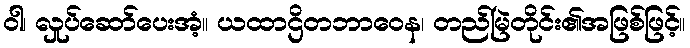
ဝါ၊ လှုပ်ဆော်ပေးအံ့။ ယထာဌိတဘာဝေန၊ တည်မြဲတိုင်း၏အဖြစ်ဖြင့်။